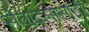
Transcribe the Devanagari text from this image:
सेवादलासाठी